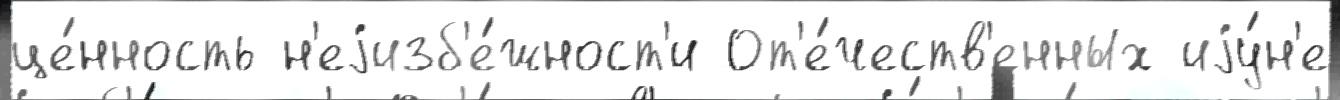
це́нность н'еjизб'е́жност'и От'е́честв'енных иjу́н'е